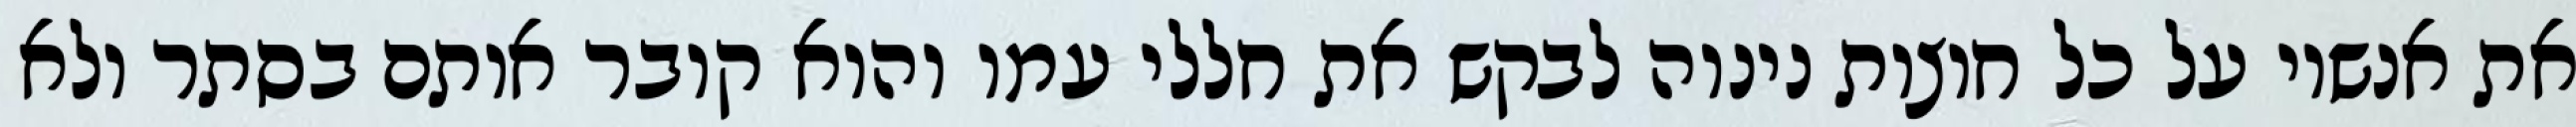
את אנשיו על כל חוצות נינוה לבקש את חללי עמו והוא קובר אותם בסתר ולא